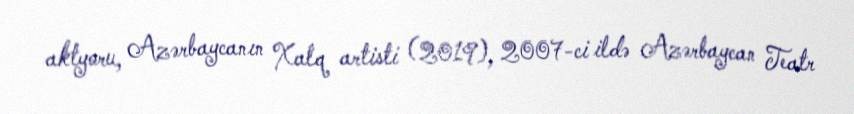
aktyoru, Azərbaycanın Xalq artisti (2019), 2007-ci ildə Azərbaycan Teatr